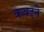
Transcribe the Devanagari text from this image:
कबढ़ने